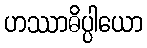
ဟဿာဓိပ္ပါယော